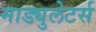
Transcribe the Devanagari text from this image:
माड्युलेटर्स